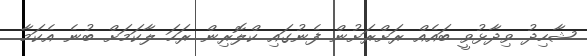
ޝާހިދު ވިދާޅުވީ ބައެއް ރަށްރަށުން ފެނުގައި ކްލޮރިން ރަހަ ލާކަމަށް ބުނެ އެކަމާ